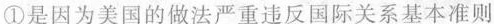
①是因为美国的做法严重违反国际关系基本准则